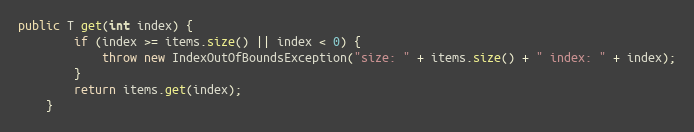
Language: Java
public T get(int index) {
		if (index >= items.size() || index < 0) {
			throw new IndexOutOfBoundsException("size: " + items.size() + " index: " + index);
		}
		return items.get(index);
	}